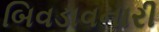
બિવડાવનારી